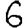
Digit: 6